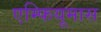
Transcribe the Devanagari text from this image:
एम्फियूमास